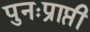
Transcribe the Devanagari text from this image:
पुनःप्राप्ती